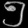
Digit: ၅